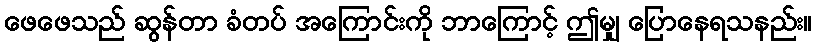
ဖေဖေသည် ဆွန်တာ ခံတပ် အကြောင်းကို ဘာကြောင့် ဤမျှ ပြောနေရသနည်း။